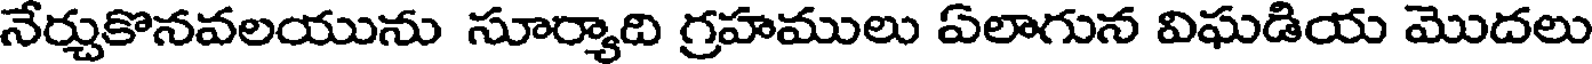
నేర్చుకొనవలయును సూర్యాది గ్రహములు ఏలాగున విఘడియ మొదలు